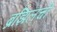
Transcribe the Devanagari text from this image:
ब्रझिलची